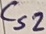
Text: Cs2